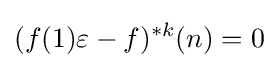
(f(1)\varepsilon -f)^{*k}(n)=0